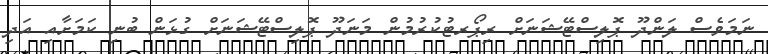
ނަމަވެސް ލަންދޫ ޕޮލިސްޓޭޝަނަށް ރިޕޯރޓުކުރުމުން މަނަދޫ ޕޮލިސްޓޭޝަނަށް ގުޅަން ބުނި ކަމަށާއި އަދި